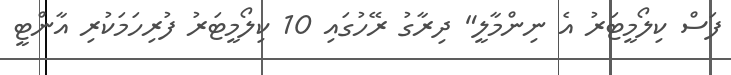
ފަސް ކިލޯމީޓަރު އެ ނިންމާލީ" ދިރާގު ރޭހުގައި 10 ކިލޯމީޓަރު ފުރިހަމަކުރި އާންޓީ